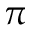
\pi